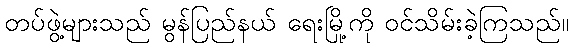
တပ်ဖွဲ့များသည် မွန်ပြည်နယ် ရေးမြို့ကို ဝင်သိမ်းခဲ့ကြသည်။